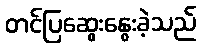
တင်ပြဆွေးနွေးခဲ့သည်